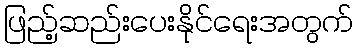
ဖြည့်ဆည်းပေးနိုင်ရေးအတွက်